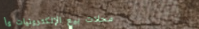
محلات بيع الإلكترونيات وأ